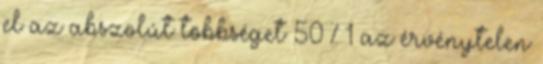
el az abszolút többséget 50 % 1 az érvénytelen